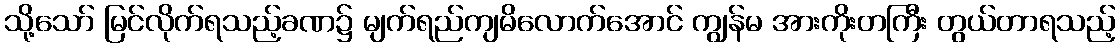
သို့သော် မြင်လိုက်ရသည့်ခဏ၌ မျက်ရည်ကျမိလောက်အောင် ကျွန်မ အားကိုးတကြီး တွယ်တာရသည့်